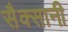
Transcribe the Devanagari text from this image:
सैक्सानी